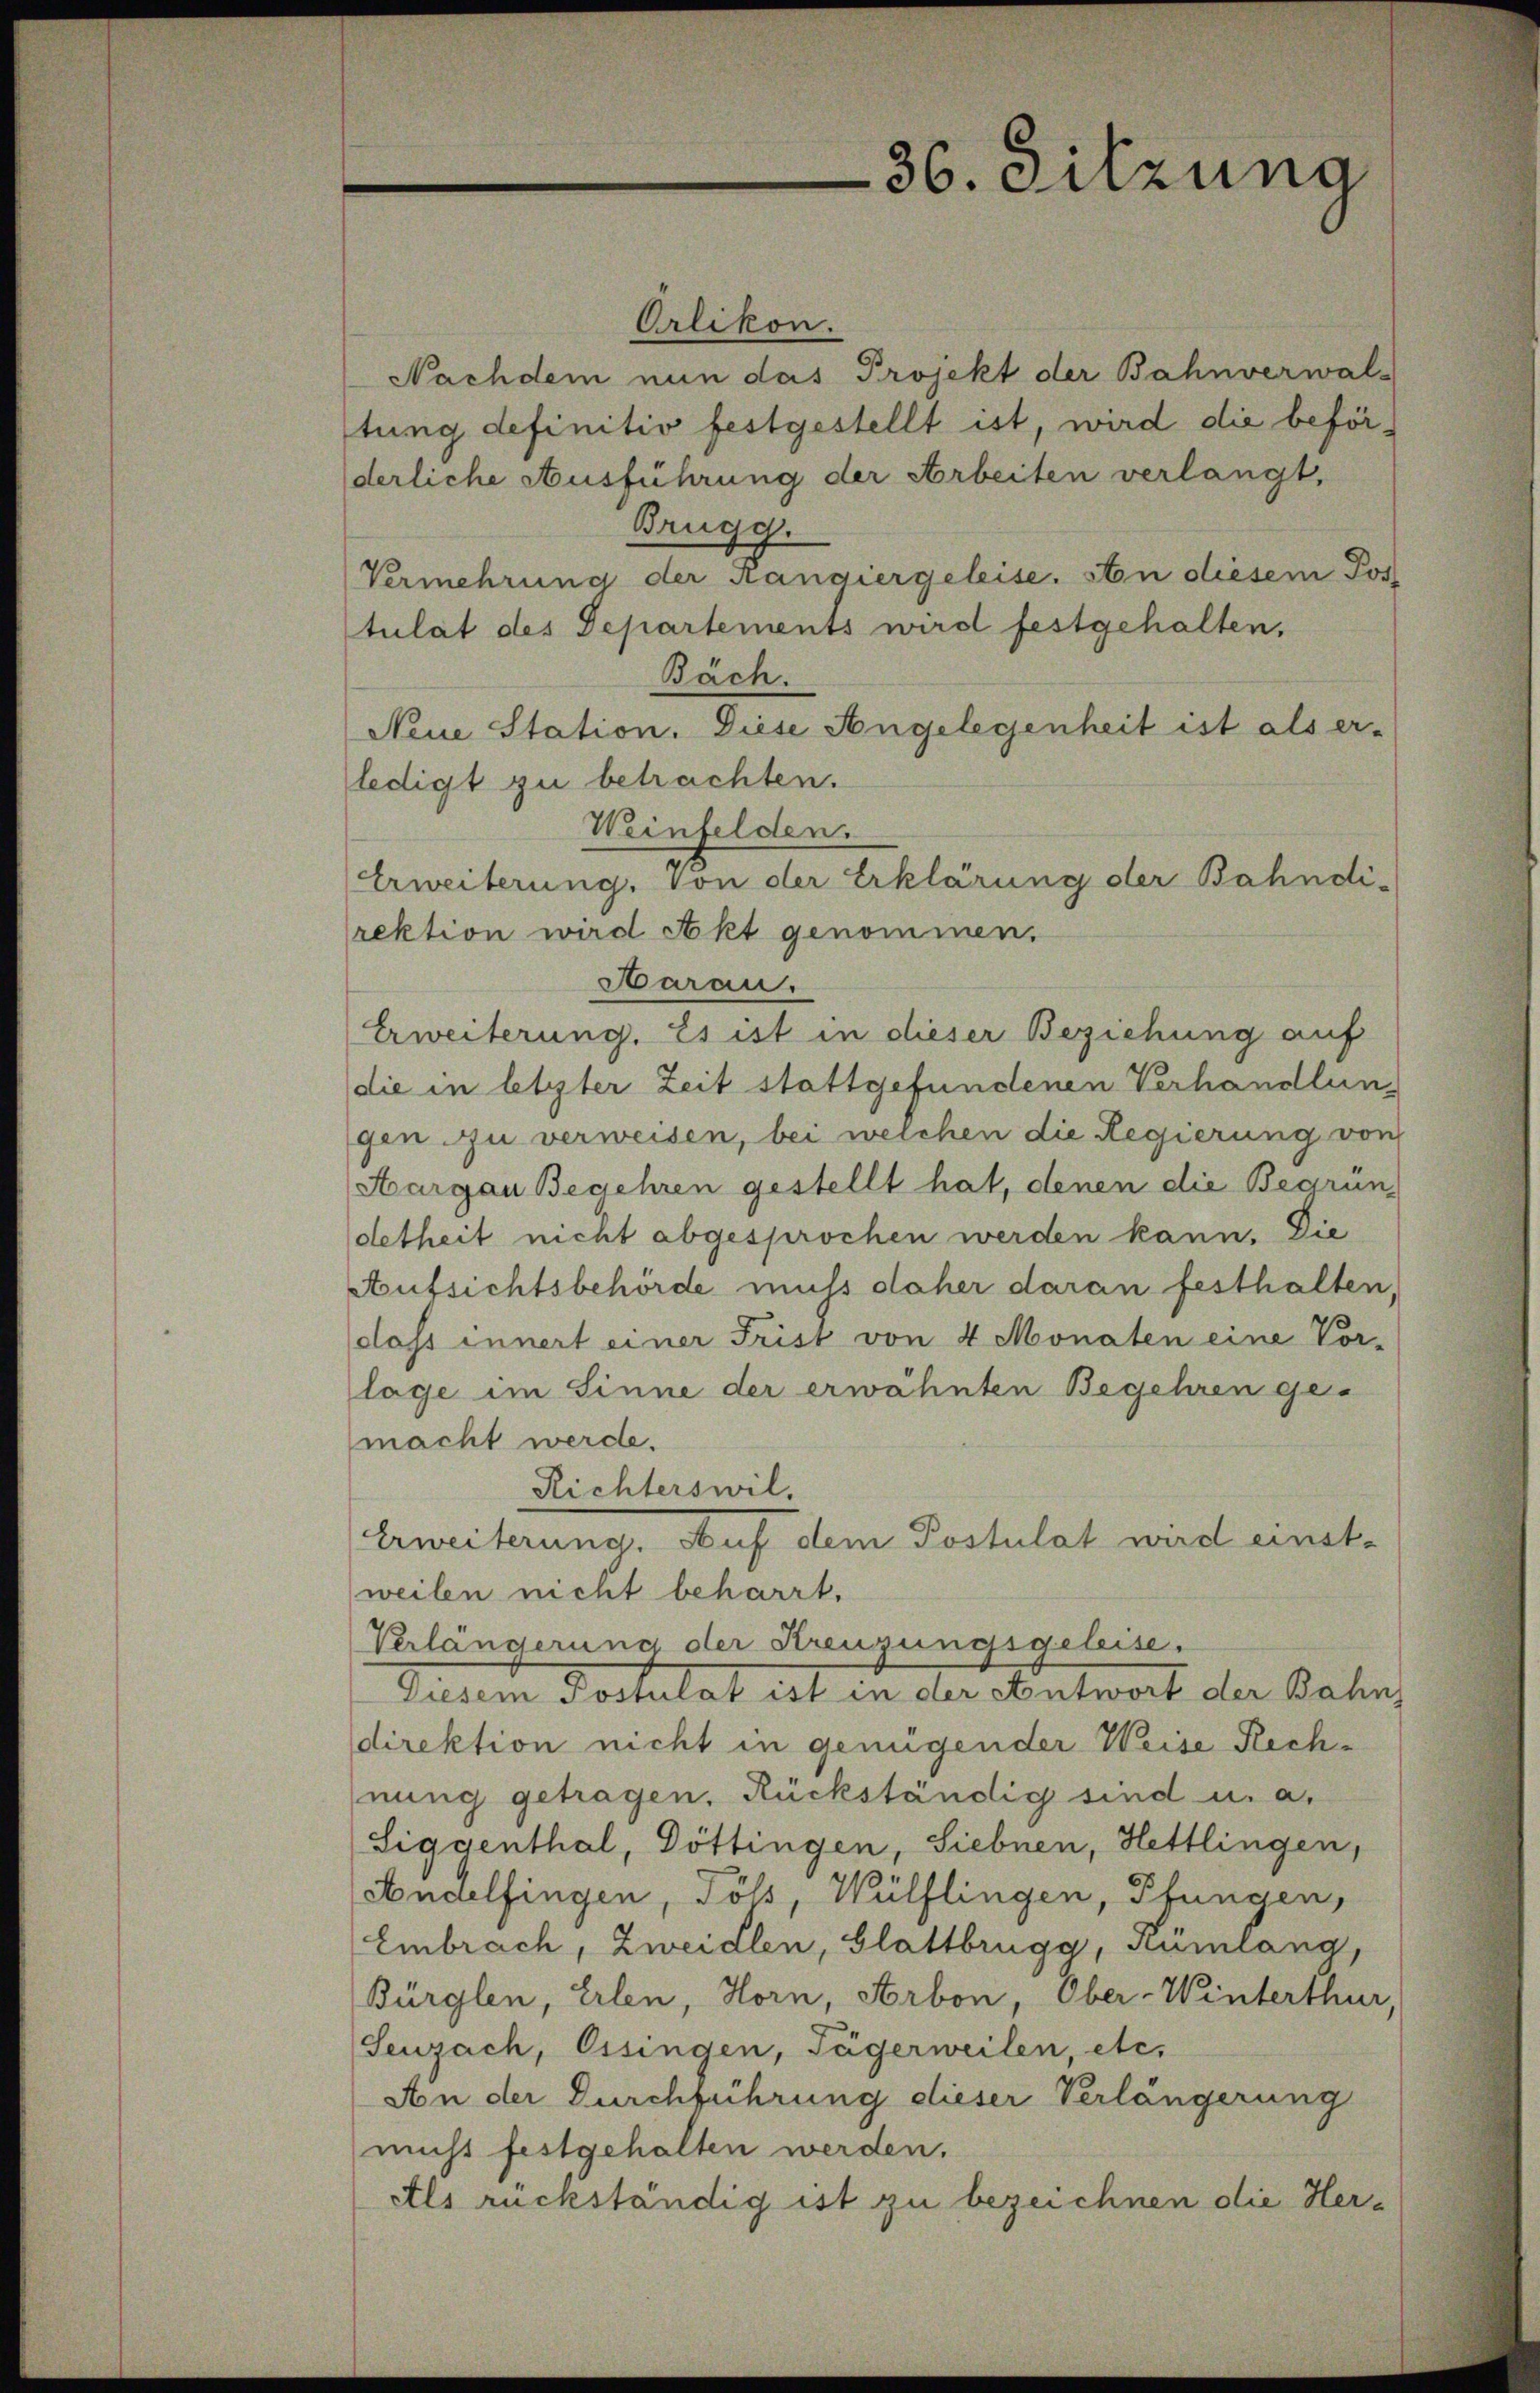
Orlikon.
Nachdem nun das Projekt der Bahnverwal-
tung definitiv festgestellt ist, wird die beförderliche Ausführung der Arbeiten verlangt,
Brugg.
Vermehrung der Kandiergeleise. An diesem Pos
tulat des Departements wird festgehalten,
Bäch.
Neue Station. Diese Angelegenheit ist als er-
ledigt zu betrachten.
Weinfelden.
Erweiterung, von der Erklärung der Bahndi-
rektion wird Akt genommen.
Aarau
Erweiterung. Es ist in dieser Beziehung auf
die in letzter Zeit stattgefundenen Verhandlun
gen zu verweisen, bei welchen die Regierung von
Hargau Begehren gestellt hat, denen die Begrün
detheit nicht abgesprochen werden kann. Die
Aufsichtsbehörde muss daher daran festhalten,
dass innert einer Frist von 4 Monaten eine Vor-
lage im Sinne der erwähnten Begehren ge-
macht werde.
Richterswil.
Erweiterung. Auf dem Postulat wird einet-
weilen nicht beharrt.
Verlängerung der Kreuzungsgeleise.
Diesem Postulat ist in der Antwort der Bahns
direktion nicht in genügender Weise Rechnung getragen, Rückständig sind u. a.
Liggenthal, Döttingen, Siebnen, Hettlingen,
Andelfingen, Töß, Wülflingen, Pfungen,
Embrach, Zweidlen, Glattbrugg, Rümlang,
Bürglen, Erlen, Horn, Arbon Ober-Winterthur,
Seuzach, Ossingen, Tägerweilen, etc.
An der Durchführung dieser Verlängerung
nicht festgehalten werden.
Als rückständig ist zu bezeichnen die Her¬

36. Sitzung